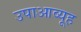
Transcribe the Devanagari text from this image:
उपाआव्यूह